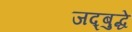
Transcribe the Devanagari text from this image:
जद्बुद्धे